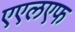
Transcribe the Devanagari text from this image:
एएलएफ